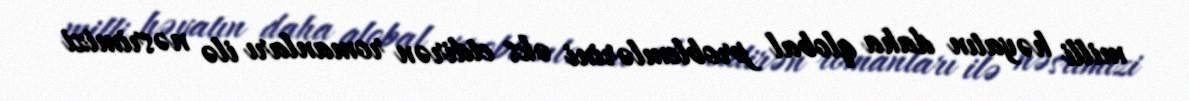
milli həyatın daha qlobal problemlərini əks etdirən romanları ilə nəsrimizi